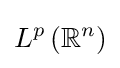
L^{p}\left(\mathbb {R} ^{n}\right)